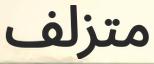
متزلف